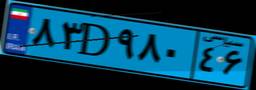
۸۳D۹۸۰۴۶